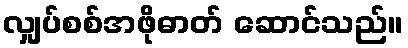
လျှပ်စစ်အဖိုဓာတ် ဆောင်သည်။